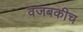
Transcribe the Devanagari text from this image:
वजबकीच